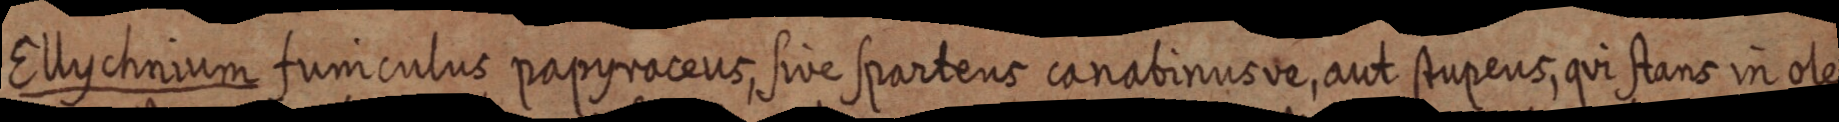
Ellychnium funiculus papyraceus, sive spartens canabinus ve, aut stupens, qui stans in oleo